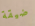
ضيقة